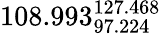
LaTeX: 108.993_{97.224}^{127.468}